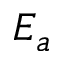
E _ { a }